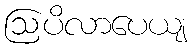
ဩပိလာပေယျ